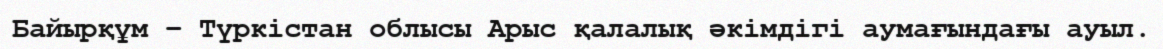
Байырқұм – Түркістан облысы Арыс қалалық әкімдігі аумағындағы ауыл.